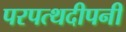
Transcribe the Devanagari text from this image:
परपत्थदीपनी